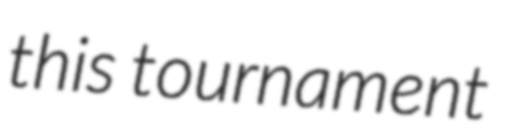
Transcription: this tournament